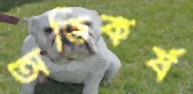
অভিকর্ষ